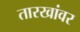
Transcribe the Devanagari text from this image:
तारखांवर